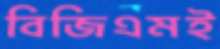
বিজিএমই